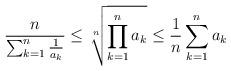
LaTeX: \begin{align*}\frac{n}{\sum_{k=1}^{n}\frac{1}{a_{k}}}\leq\sqrt[n]{\prod_{k=1}^{n}a_{k}}\leq\frac{1}{n}\sum_{k=1}^{n}a_{k}\end{align*}